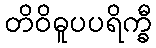
တိဝိဓူပပရိက္ခီ